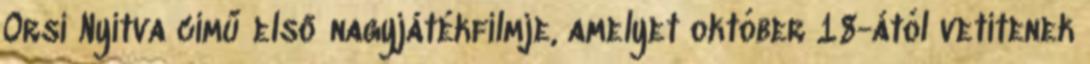
Orsi Nyitva című első nagyjátékfilmje, amelyet október 18-ától vetítenek